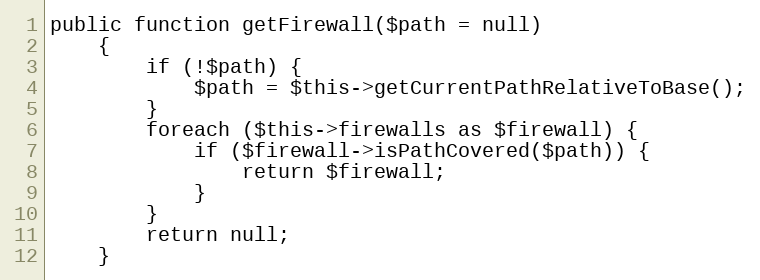
Language: PHP
public function getFirewall($path = null)
    {
        if (!$path) {
            $path = $this->getCurrentPathRelativeToBase();
        }
        foreach ($this->firewalls as $firewall) {
            if ($firewall->isPathCovered($path)) {
                return $firewall;
            }
        }
        return null;
    }